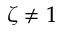
\zeta \neq 1